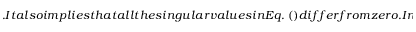
. I t a l s o i m p l i e s t h a t a l l t h e s i n g u l a r v a l u e s i n E q . ~ ( ) d i f f e r f r o m z e r o . I n d e e d , i f t h e r e e x i s t s a n e i g e n v e c t o r